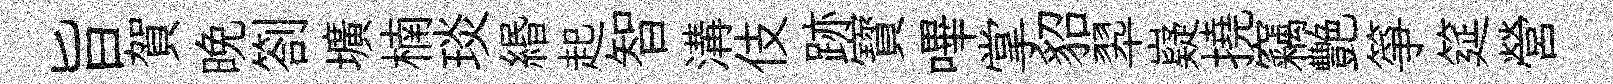
旨賀晚劄壙楠琰緡起智溝伎跡寳嗶掌貂翆嶷撓竊艷箏筵營